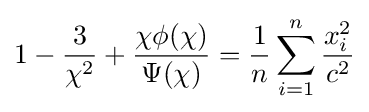
1-{\frac {3}{\chi ^{2}}}+{\frac {\chi \phi (\chi )}{\Psi (\chi )}}={\frac {1}{n}}\sum _{i=1}^{n}{\frac {x_{i}^{2}}{c^{2}}}